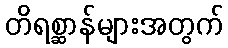
တိရစ္ဆာန်များအတွက်